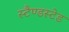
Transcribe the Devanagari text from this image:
स्टैण्डस्टेड